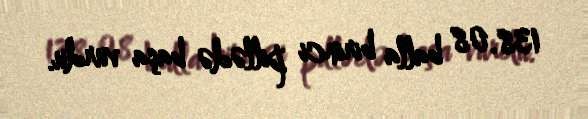
138.08 balla birinci pillədə başa vurdu.